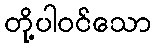
တို့ပါဝင်သော